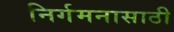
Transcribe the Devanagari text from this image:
निर्गमनासाठी